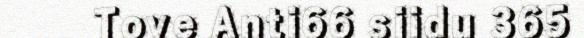
Tove Anti66 siidu 365